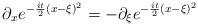
LaTeX: \begin{align*}\partial_x e^{-\frac{it}{2}(x-\xi)^2}=-\partial_\xi e^{-\frac{it}{2}(x-\xi)^2}\end{align*}